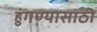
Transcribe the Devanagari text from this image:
हुंगण्यासाठी